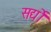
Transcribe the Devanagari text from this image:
सर्द्यों